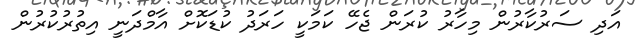
އަދި ސަރުކާރުން މިހާރު ކުރަން ޖެހޭ ކަމަކީ ހަރަދު ކުޑަކޮށް އާމްދަނީ އިތުރުކުރުން